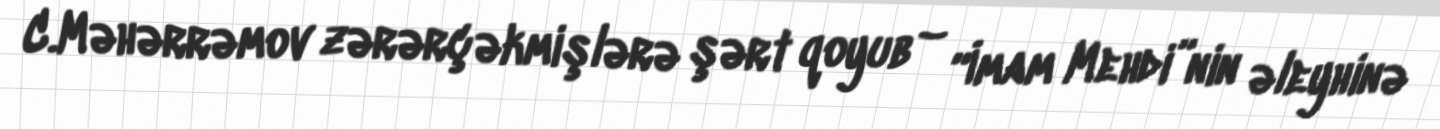
C.Məhərrəmov zərərçəkmişlərə şərt qoyub – “İmam Mehdi”nin əleyhinə